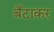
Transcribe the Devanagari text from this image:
बँटाकर